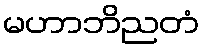
မဟာဘိညတံ